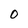
Character: 0